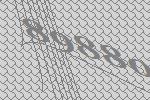
89880